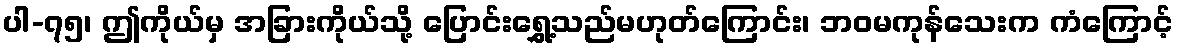
ပါ-၇၅၊ ဤကိုယ်မှ အခြားကိုယ်သို့ ပြောင်းရွှေ့သည်မဟုတ်ကြောင်း၊ ဘဝမကုန်သေးက ကံကြောင့်